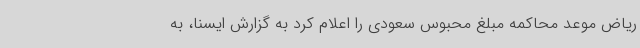
ریاض موعد محاکمه مبلغ محبوس سعودی را اعلام کرد به گزارش ایسنا، به